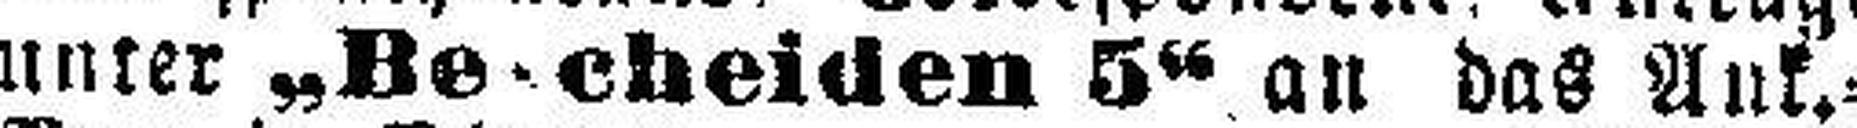
unter „Bescheiden 5“ an das Ank.=